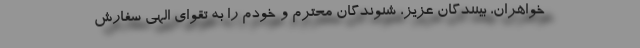
خواهران، بینندگان عزیز، شنوندگان محترم و خودم را به تقوای الهی سفارش